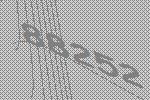
88252